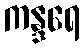
ကန္ဒရေ